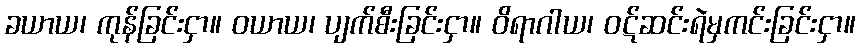
ခယာယ၊ ကုန်ခြင်းငှာ။ ဝယာယ၊ ပျက်စီးခြင်းငှာ။ ဝိရာဂါယ၊ ဝဋ်ဆင်းရဲမှကင်းခြင်းငှာ။